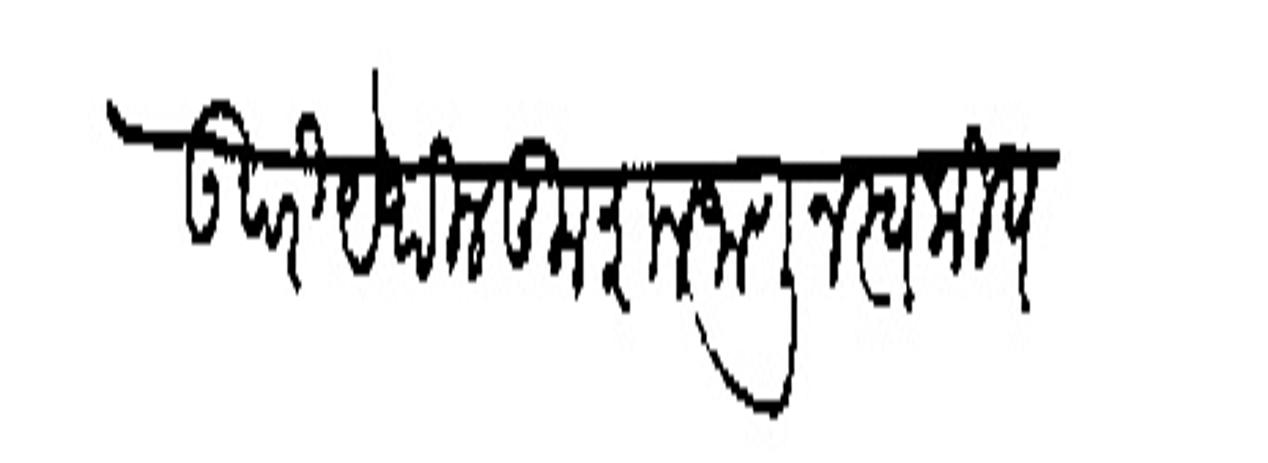
Transliteration (Devanagari): उपरि येथील कुशल जाणून स्वकीय